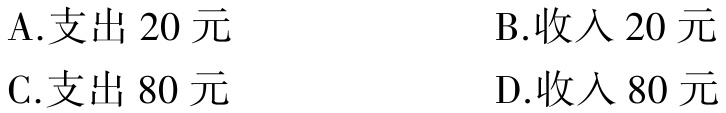
A.支出 20 元

B.收入 20 元

C.支出 80 元

D.收入 80 元